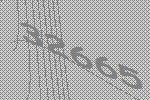
32665